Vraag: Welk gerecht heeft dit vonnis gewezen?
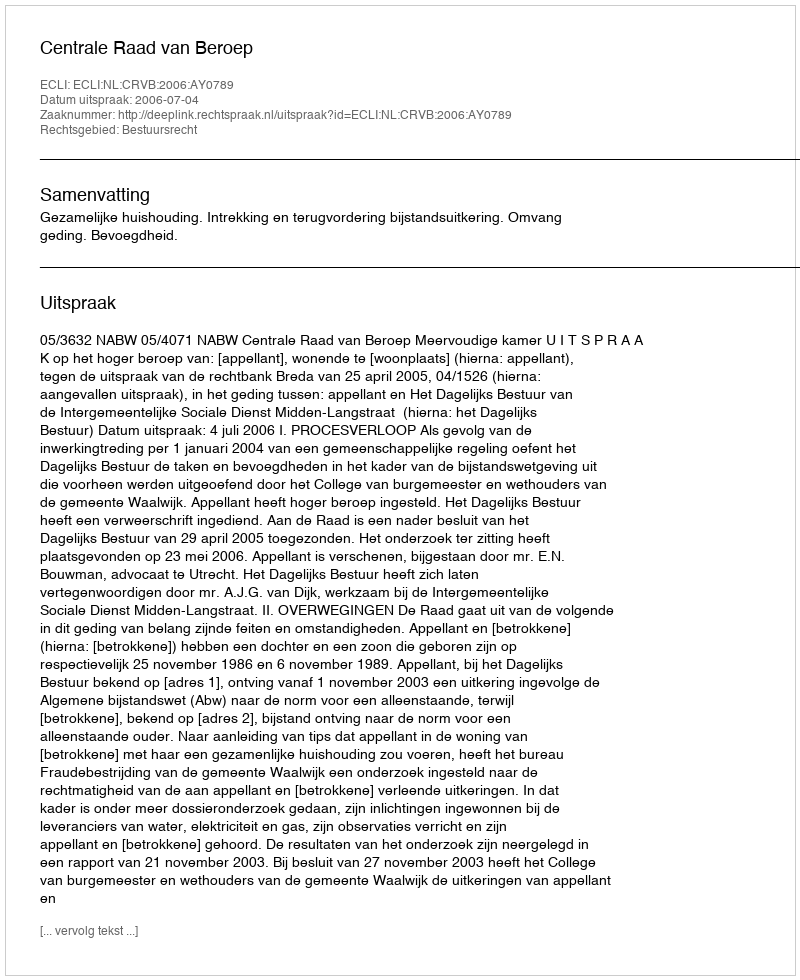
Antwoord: Centrale Raad van Beroep